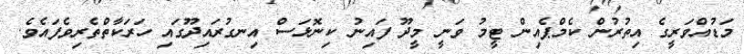
މަޑުއްވަރީގެ އިތުރުން ކެމްޕެއިން ޓީމު ވަނީ މީދޫ ފައިނު ކިނޮޅަސް އިނގުރައިދޫގައި ހަރަކާތްތެރިވެފައެވެ.